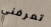
تعرفني